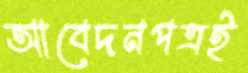
আবেদনপত্রই